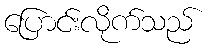
ပြောင်းလိုက်သည်